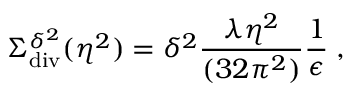
\Sigma _ { \mathrm { d i v } } ^ { \delta ^ { 2 } } ( \eta ^ { 2 } ) = \delta ^ { 2 } \frac { \lambda \eta ^ { 2 } } { ( 3 2 \pi ^ { 2 } ) } \frac { 1 } { \epsilon } \; ,